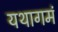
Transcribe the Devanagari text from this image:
यथागमं